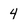
Character: 4